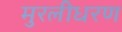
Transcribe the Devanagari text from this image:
मुरलीधरण